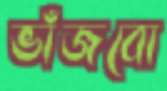
ভাঁজবো